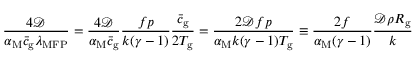
\frac { 4 \mathcal { D } } { \alpha _ { \mathrm { M } } \bar { c } _ { \mathrm { g } } \lambda _ { \mathrm { M F P } } } = \frac { 4 \mathcal { D } } { \alpha _ { \mathrm { M } } \bar { c } _ { \mathrm { g } } } \frac { f p } { k ( \gamma - 1 ) } \frac { \bar { c } _ { \mathrm { g } } } { 2 T _ { \mathrm { g } } } = \frac { 2 \mathcal { D } f p } { \alpha _ { \mathrm { M } } k ( \gamma - 1 ) T _ { \mathrm { g } } } \equiv \frac { 2 f } { \alpha _ { \mathrm { M } } ( \gamma - 1 ) } \frac { \mathcal { D } \rho R _ { \mathrm { g } } } { k }